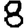
Digit: 8